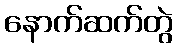
နောက်ဆက်တွဲ